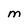
Character: M